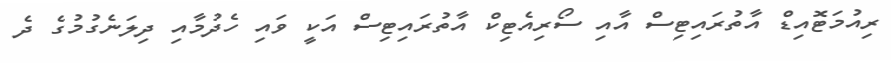
ރިއުމަޓޮއިޑް އާތުރައިޓިސް އާއި ސޯރިއެޓިކް އާތުރައިޓިސް އަކީ ވައި ހެދުމާއި ދިލަނެގުމުގެ ދެ